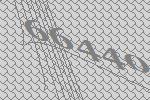
66440